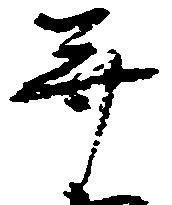
并